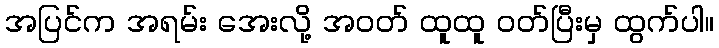
အပြင်က အရမ်း အေးလို့ အဝတ် ထူထူ ဝတ်ပြီးမှ ထွက်ပါ။